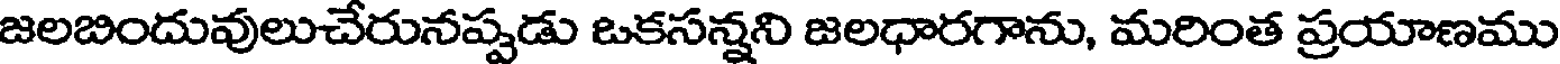
జలబిందువులుచేరునప్పడు ఒకసన్నని జలధారగాను, మరింత ప్రయాణము